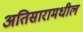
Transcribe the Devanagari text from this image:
अतिसारामधील